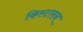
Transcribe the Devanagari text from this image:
किस्टलन